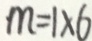
m = 1 \times 6